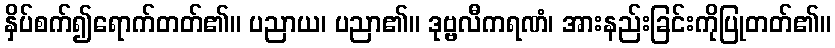
နှိပ်စက်၍ရောက်တတ်၏။ ပညာယ၊ ပညာ၏။ ဒုဗ္ဗလီကရဏံ၊ အားနည်းခြင်းကိုပြုတတ်၏။